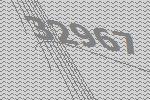
32967